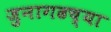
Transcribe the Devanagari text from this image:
जुनागढच्या